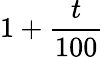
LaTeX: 1+\frac{t}{100}